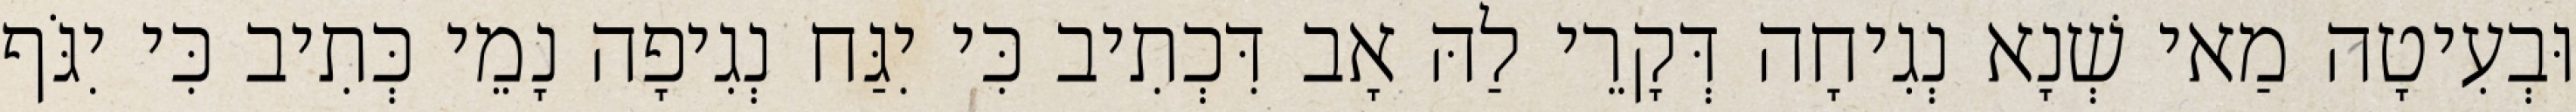
וּבְעִיטָה מַאי שְׁנָא נְגִיחָה דְּקָרֵי לַהּ אָב דִּכְתִיב כִּי יִגַּח נְגִיפָה נָמֵי כְּתִיב כִּי יִגֹּף